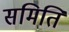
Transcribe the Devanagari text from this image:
समिति